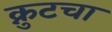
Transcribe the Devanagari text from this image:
क्नुटचा